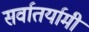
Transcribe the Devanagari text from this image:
सर्वातर्यामी